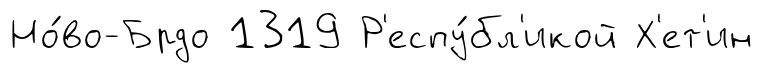
Но́во-Брдо 1319 Р'еспу́бл'икой Х'ет'ин